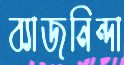
ব্যাজনিন্দা